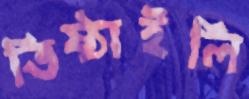
তিষ্ঠাইলি